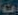
CO